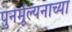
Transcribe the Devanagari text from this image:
पुनर्मूल्यनाच्या